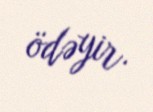
ödəyir.